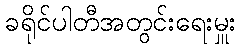
ခရိုင်ပါတီအတွင်းရေးမှူး